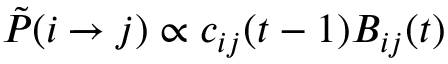
\tilde { P } ( i \xrightarrow { } j ) \propto c _ { i j } ( t - 1 ) B _ { i j } ( t )